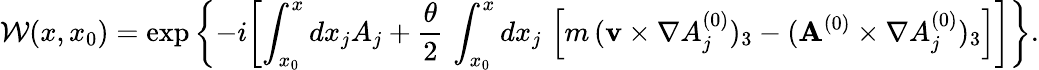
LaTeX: {\cal W}(x,x_{0})=\exp\left\{ -i\biggl[\int_{x_{0}}^{x}dx_{j}A_{j}+\frac{\theta}{2}\, \int_{x_{0}}^{x}dx_{j}\, \left[m\, ({\mathbf v}\times\nabla A_{j}^{(0)})_{3}-({\mathbf A^{(0)}}\times\nabla A_{j}^{(0)})_{3}\right]\biggr]\right\} .